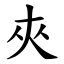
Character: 夾